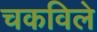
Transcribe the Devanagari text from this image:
चकविले